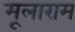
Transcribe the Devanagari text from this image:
मूलाराम